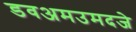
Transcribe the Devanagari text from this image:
डवअमउमदजे